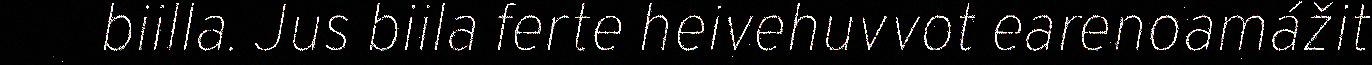
biilla. Jus biila ferte heivehuvvot earenoamážit